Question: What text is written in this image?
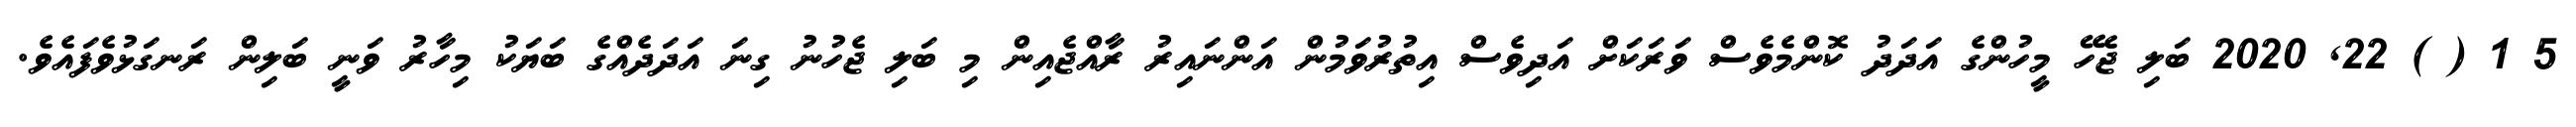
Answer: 5 1 ( ) 22, 2020 ބަލި ޖެހޭ މީހުންގެ އަދަދު ކޮންމެވެސް ވަރަކަށް އަދިވެސް އިތުރުވަމުން އަންނައިރު ރާއްޖެއިން މި ބަލި ޖެހުނު ގިނަ އަދަދެއްގެ ބަޔަކު މިހާރު ވަނީ ބަލިން ރަނގަޅުވެފައެވެ.